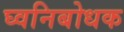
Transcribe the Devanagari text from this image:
घ्वनिबोधक